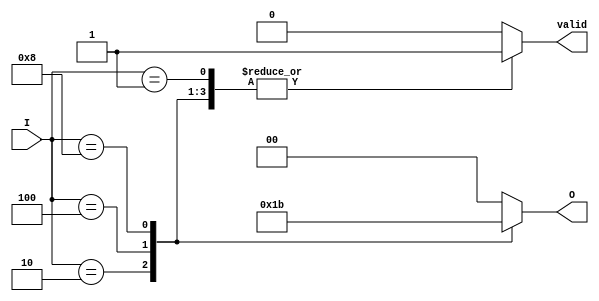
module multilevel_encoder (
    input wire [3:0] I,   // 4 input lines
    output reg [1:0] O,   // 2 output lines
    output reg valid       // Valid signal
);

    always @(*) begin
        case (I)
            4'b0001: begin O = 2'b00; valid = 1; end // I0 active
            4'b0010: begin O = 2'b01; valid = 1; end // I1 active
            4'b0100: begin O = 2'b10; valid = 1; end // I2 active
            4'b1000: begin O = 2'b11; valid = 1; end // I3 active
            default: begin O = 2'b00; valid = 0; end // No valid input
        endcase
    end

endmodule